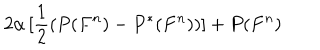
2 \alpha \, [ \frac { 1 } { 2 } ( P ( F ^ { n } ) - P ^ { \ast } ( F ^ { n } ) ) ] + P ( F ^ { n } )